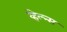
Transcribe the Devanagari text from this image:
व्हेल्न्स